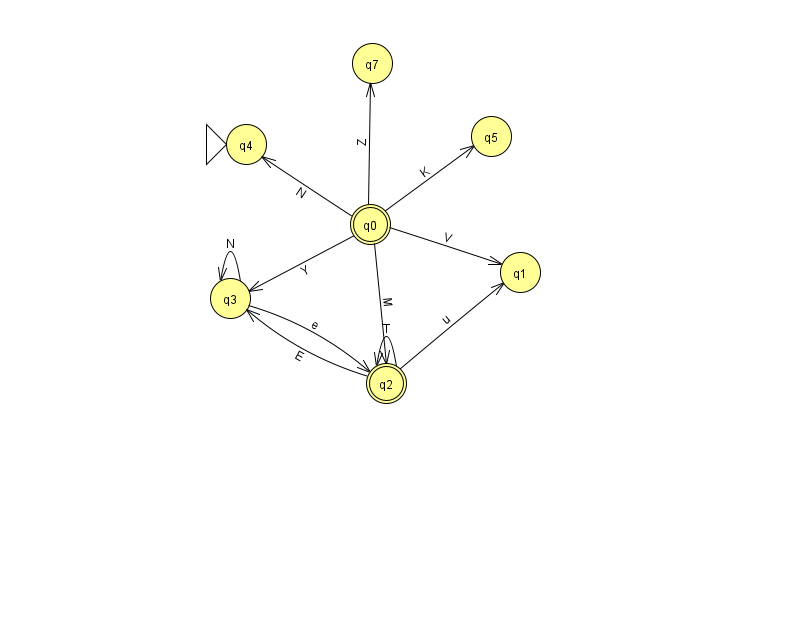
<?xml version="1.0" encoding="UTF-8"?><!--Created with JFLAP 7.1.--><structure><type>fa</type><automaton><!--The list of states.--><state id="0" name="q0"><x>370.0</x><y>211.0</y><final/></state><state id="1" name="q1"><x>520.0</x><y>259.0</y></state><state id="2" name="q2"><x>386.0</x><y>370.0</y><final/></state><state id="3" name="q3"><x>230.0</x><y>285.0</y></state><state id="4" name="q4"><x>246.0</x><y>131.0</y><initial/></state><state id="5" name="q5"><x>491.0</x><y>123.0</y></state><state id="7" name="q7"><x>372.0</x><y>50.0</y></state><!--The list of transitions.--><transition><from>0</from><to>1</to><read>V</read></transition><transition><from>0</from><to>2</to><read>M</read></transition><transition><from>0</from><to>3</to><read>Y</read></transition><transition><from>0</from><to>5</to><read>K</read></transition><transition><from>2</from><to>3</to><read>E</read></transition><transition><from>3</from><to>2</to><read>e</read></transition><transition><from>2</from><to>2</to><read>T</read></transition><transition><from>0</from><to>4</to><read>N</read></transition><transition><from>0</from><to>7</to><read>Z</read></transition><transition><from>2</from><to>1</to><read>u</read></transition><transition><from>3</from><to>3</to><read>N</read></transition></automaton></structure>